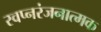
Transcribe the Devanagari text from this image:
स्वप्नरंजनात्मक